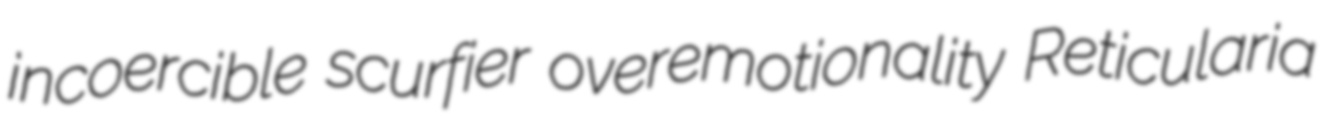
incoercible scurfier overemotionality Reticularia